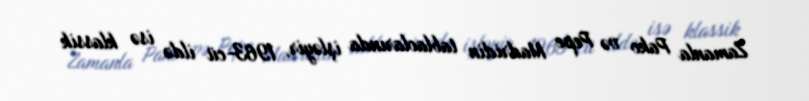
Zamanla Pako və Pepe Madridin tablaolarında işləyir, 1963-cü ildə isə klassik